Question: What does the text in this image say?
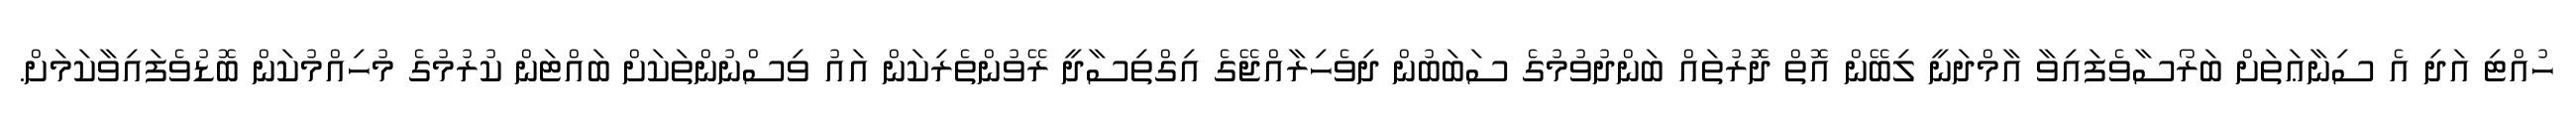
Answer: ހުއްޓި އަދި އެ ސިނާޢަތަށް ބަރޯސާވެފައިވާ އާމްދަނީ ލިބޭން އޮތް ދޮރުތައް ބަންދުވުމުގެ ސަބަބުން ދިވެހިރާއްޖޭގެ އިގްތިސާދީ ރޭވުންތެރިކަން އައު ވިސްނުންތަކަށް ބައްޓަން ކުރުމުގެ މުހިއްމުކަން ބޮޑުވެފައިވާކަމަށް.